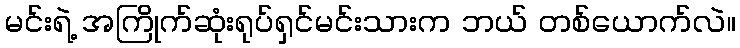
မင်းရဲ့ အကြိုက်ဆုံးရုပ်ရှင်မင်းသားက ဘယ် တစ်ယောက်လဲ။